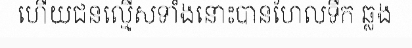
ហើយជនល្មើសទាំងនោះបានហែលទឹក ឆ្លង